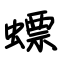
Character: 螵